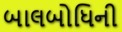
બાલબોધિની